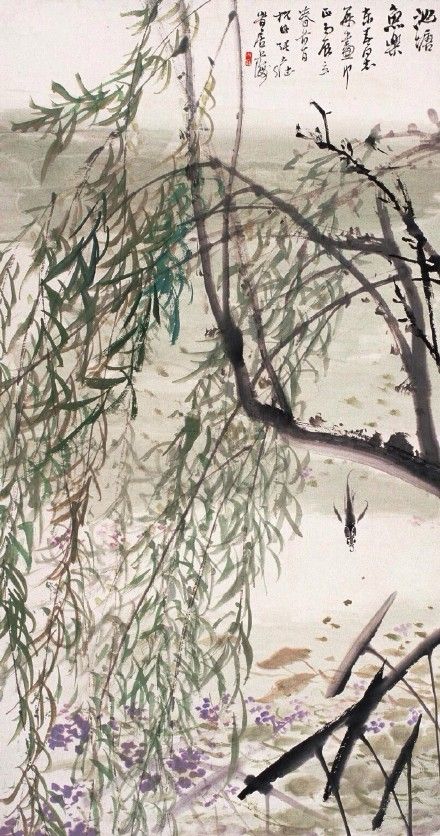
携扙来追柳外凉，画桥南畔倚胡床。